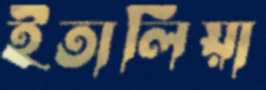
ইতালিয়া